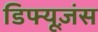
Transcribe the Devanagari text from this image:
डिफ्यूज़ंस